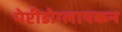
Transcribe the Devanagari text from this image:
पेप्टीडोग्लायकन